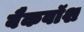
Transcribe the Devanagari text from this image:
बैकवॉश